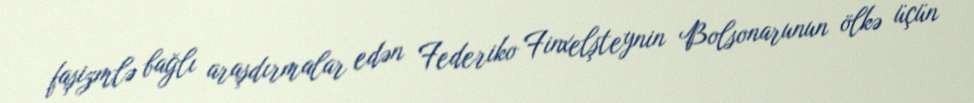
faşizmlə bağlı araşdırmalar edən Federiko Finxelşteynin Bolsonarunun ölkə üçün